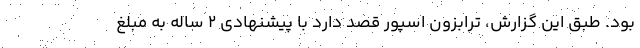
بود. طبق این گزارش، ترابزون اسپور قصد دارد با پیشنهادی ۲ ساله به مبلغ